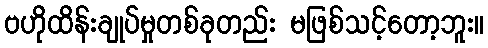
ဗဟိုထိန်းချုပ်မှုတစ်ခုတည်း မဖြစ်သင့်တော့ဘူး။